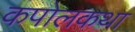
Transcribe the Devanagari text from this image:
कपोलकथा